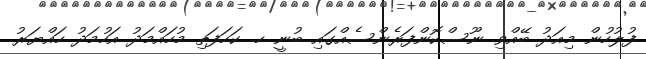
ފުލުހުން މިއަދު ބޭއްވި ނޫސްކޮންފަރެންސެއްގައި ބުނީ ހ. ކަހަފަތި މުހައްމަދު އަހުމަދު ހައްޔަރު